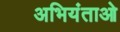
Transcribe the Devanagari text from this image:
अभियंताओ